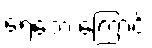
ရေဘေးကြောင့်